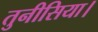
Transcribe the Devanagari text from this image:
तुनीसिया।